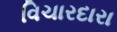
વિચારદારા